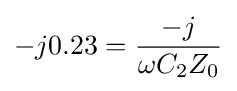
-j0.23={\frac {-j}{\omega C_{2}Z_{0}}}